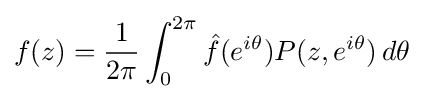
f(z)={\frac {1}{2\pi }}\int _{0}^{2\pi }{\hat {f}}(e^{i\theta })P(z,e^{i\theta })\,d\theta